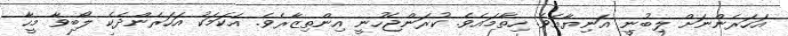
އަހަރެންނަށް ލިބުނީ އަނިޔާއެވެ. ހިތާމައެވެ. ކުރަންޖެހުނީ އިންތިޒާރެވެ. އެކަމަކު އަހަރެންދެކެ ލޯބިވާ މީހާ